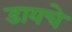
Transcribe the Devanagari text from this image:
डायचे